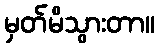
မှတ်မိသွားတာ။